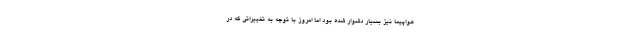
هواپیما نیز بسیار دشوار شده بود اما امروز با توجه به تغییراتی که در